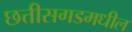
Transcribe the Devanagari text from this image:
छत्तीसगडमधील